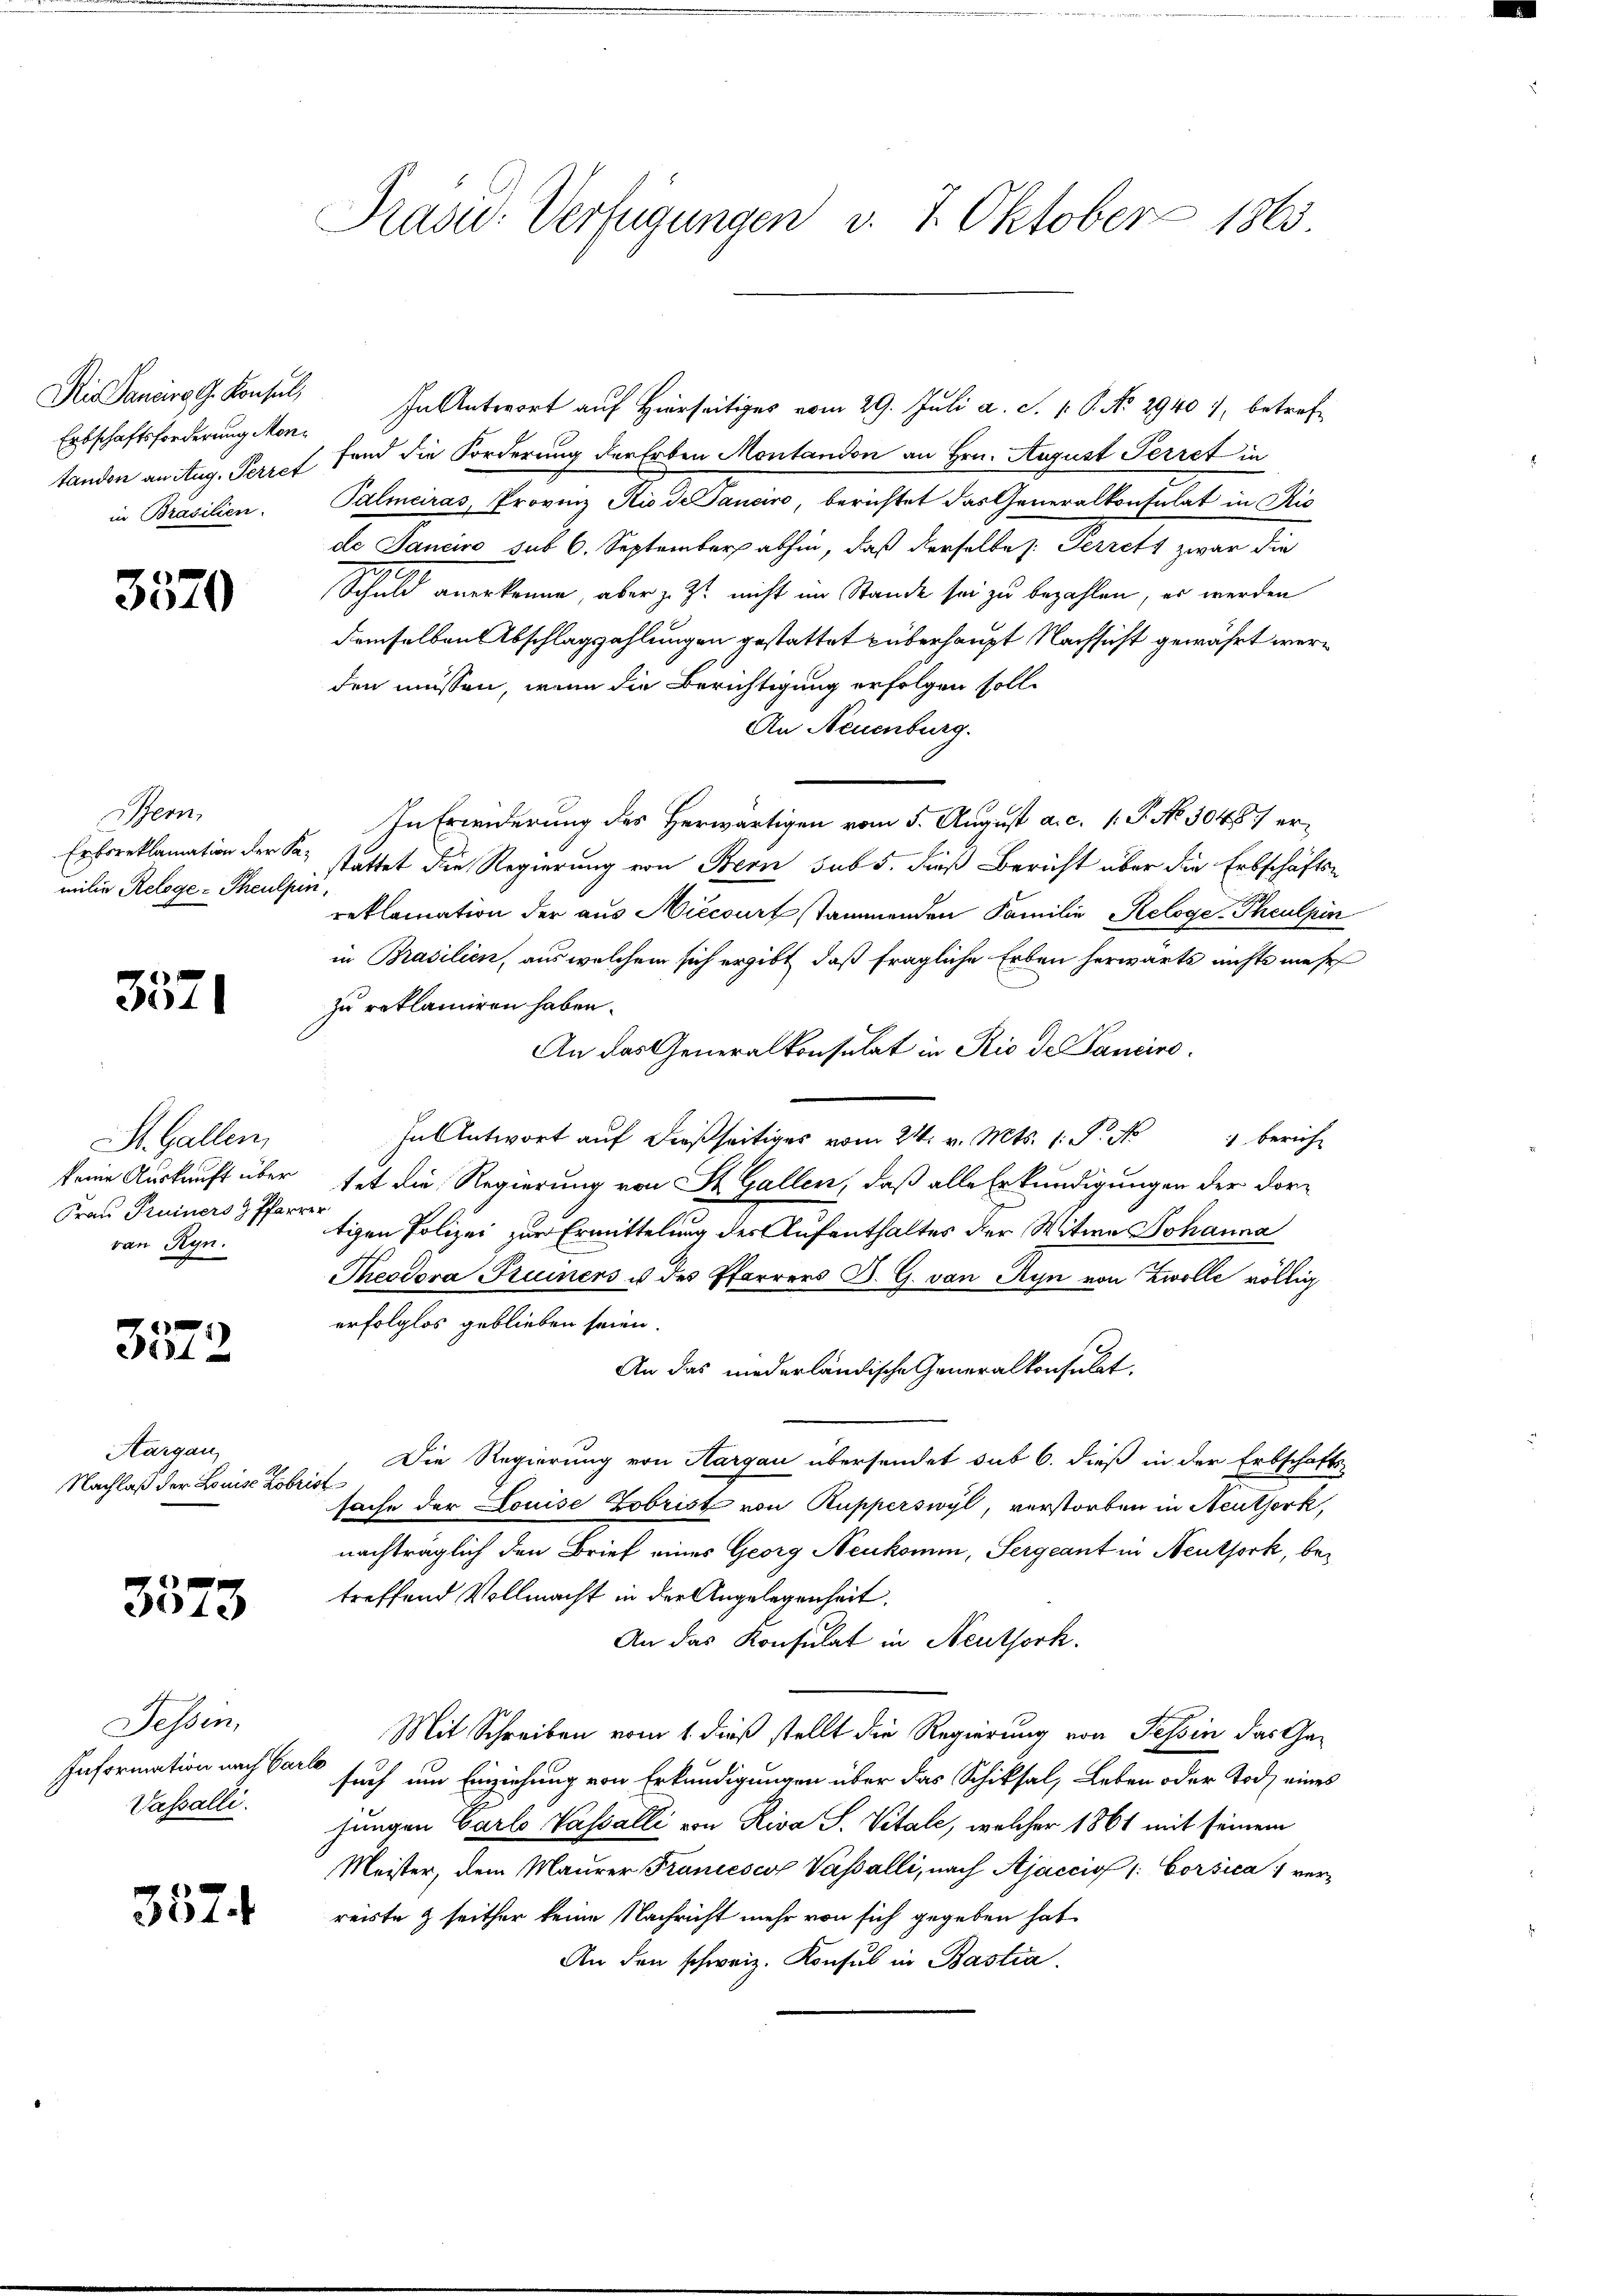
Die Sancire G. Konsul,
Erbschaftsforderung Montandon an Aug. Perret
in Brasilien.

3570

Bern,
milie Relege - Theulpin

3571

St. Gallen,
Frau Pruiners H. Pfarrer
von Ryn.

.
31

Aargau,
Nachlaß der Louise Kobrist

3573

Tessin,
Information nach Carlo
Vasalli.

3574

n Antwort auf Hierseitige vom 29. Juli a. S. 16. No. 29401, betref
fand die Forderung der Erben Montandon an Hrn. August Perret in
Palmeciras, Provinz Rio de Sanciro, berichtet das Generalkonsulat in Ric
de Janeiro sub 6. September abhin, daß derselbe s. Herrett zwar die
Schuld anerkenne, aber z. Zt. nicht im Stande sei zu bezahlen, er werden
demselben Abschlagszahlungen gestattet überhaupt Nachsicht gewährt werden müssen, wenn die Berichtigung erfolgen solle
An Neuenburg.
In Erwiderung des Herwärtigen vom 5. August a. c. 1. P. No 3048/ er¬
Erboreklamation der Sr. stattet die Regierung von Bern sub 5. dieß Bericht über die Erbschäftsreklamation der aus Miccourt stammenden Familie Reloge-Theulpin
in Brasilien, aus welchem sich ergibt, daß fragliche Erben herwärts nichts mehr
zu reklamiren haben.
An das Generalkonsulat in Rio de Panciro
In Antwort aŭf dießseitiges vom 24. v. Mts. 1. S. Nr. 1 bericht
keine Auskunft über tat die Regierung von St. Gallen, daß alle Erkundigungen der dortigen Polizei zur Ermittelung des Aufenthaltes der Witwe Johanna
Theodora Pruiners u. des Pfarrers B. G. von Ryn von Zwolle völlig
erfolglos geblieben seien.
An das niederländische Generalkonsulat,
Die Regierung von Aargau übersendet sub 6. dieß in der Erbschafts-
sache der Louise Hobrist von Kupperswyl, verstorben in Neuthork,
nachträglich den Brief eines Georg Neukommn, Sergeant in Neuthork, betreffend Vollmacht in der Angelegenheit.
An das Konsulat in Neuthork.
Mit Schreiben vom 1. dieß stellt die Regierung von Tessin das Gasuch um Einziehung von Erkundigungen über das Schiksal, Leben oder Tod eines
jungen Carlo Vasalli von Riva S. Vitale, welcher 1861 mit seinem
Meister, dem Maŭrer Francesco Vasalli, nach Ajaccio 1: Corsica verreiste & seither keine Nachricht mehr von sich gegeben hat,
An den schweiz. Konsul in Bastia

Präsid. Verfügungen v. 7. Oktober 1865